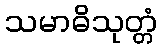
သမာဓိသုတ္တံ